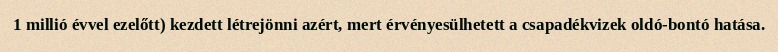
1 millió évvel ezelőtt) kezdett létrejönni azért, mert érvényesülhetett a csapadékvizek oldó-bontó hatása.